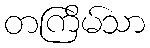
တကြိမ်သာ